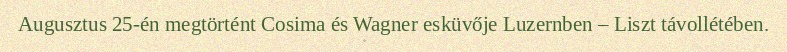
Augusztus 25-én megtörtént Cosima és Wagner esküvője Luzernben – Liszt távollétében.